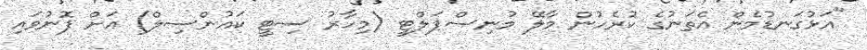
"އަޅުގަނޑުމެން އެތަނުގެ ކުރެހުން މާލޭ މުނިސްޕަލްޓީ (މިހާރު ސިޓީ ކައުންސިލް) އަށް ފޮނުވައި